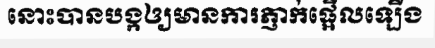
នោះបានបង្កឲ្យមានការភ្ញាក់ផ្អើលឡើង